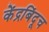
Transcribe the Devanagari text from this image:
केंद्रबिंदूच